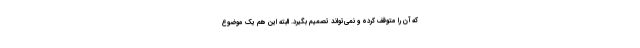
که آن را متوقف کرده و نمی‌تواند تصمیم بگیرد. البته این هم یک موضوع